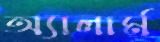
অ্যালার্ম